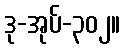
ဒု-အုပ်-၃၀၂။